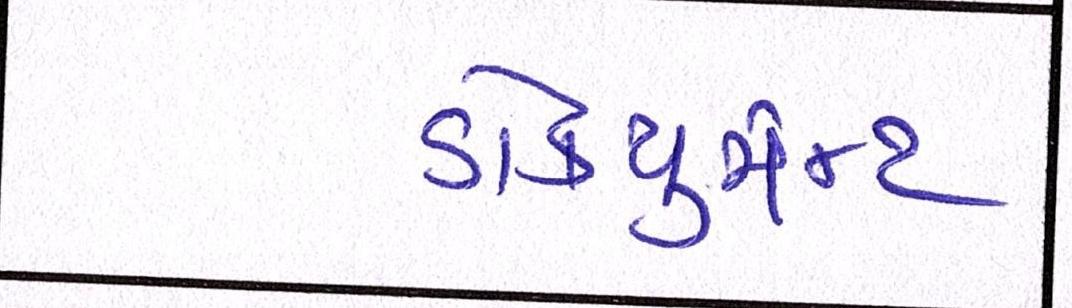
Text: ડોકયુમેન્ટ